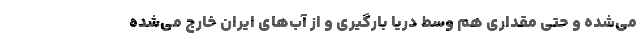
می‌شده و حتی مقداری هم وسط دریا بارگیری و از آب‌های ایران خارج می‌شده